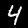
Digit: 4